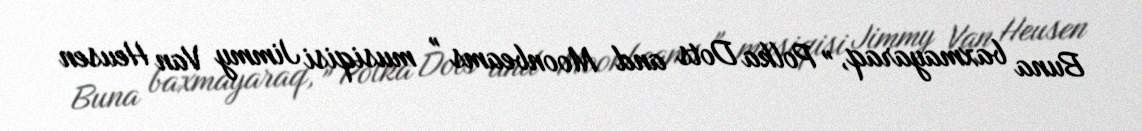
Buna baxmayaraq, " Polka Dots and Moonbeams " musiqisi Jimmy Van Heusen